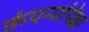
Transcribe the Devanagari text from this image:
कंपन्यांपेक्षा